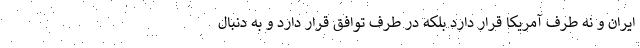
ایران و نه طرف آمریکا قرار دارد بلکه در طرف توافق قرار دارد و به دنبال